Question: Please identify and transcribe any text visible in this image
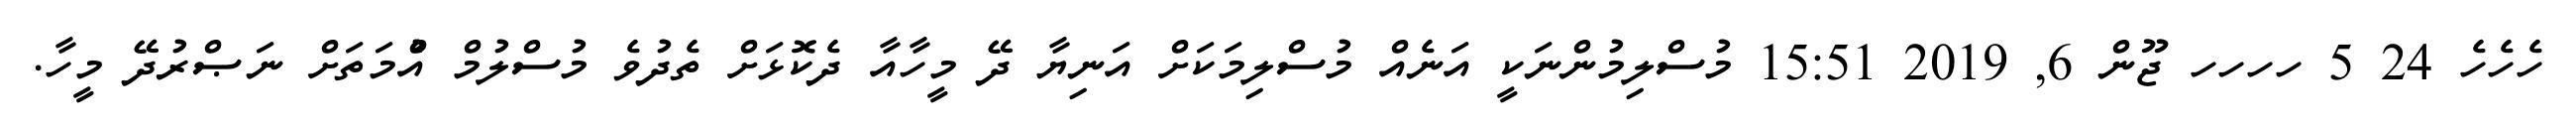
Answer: ހެހެހެ 24 5 ހހހހ ޖޫން 6, 2019 15:51 މުސްލިމުންނަކީ އަނެއް މުސްލިމަކަށް އަނިޔާ ދޭ މީހާއާ ދެކޮޅަށް ތެދުވެ މުސްލުމް އުެްމަތަށް ނަޞްރުދޭ މީހާ.